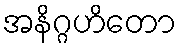
အနိဂ္ဂဟိတော